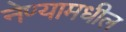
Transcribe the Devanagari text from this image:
नेण्यामधील